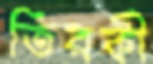
তিরকী